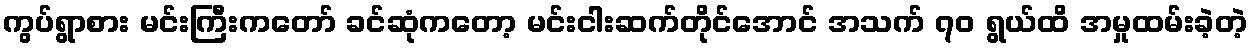
ကွပ်ရွာစား မင်းကြီးကတော် ခင်ဆုံကတော့ မင်းငါးဆက်တိုင်အောင် အသက် ၇၀ ရွယ်ထိ အမှုထမ်းခဲ့တဲ့